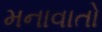
મનાવાતો